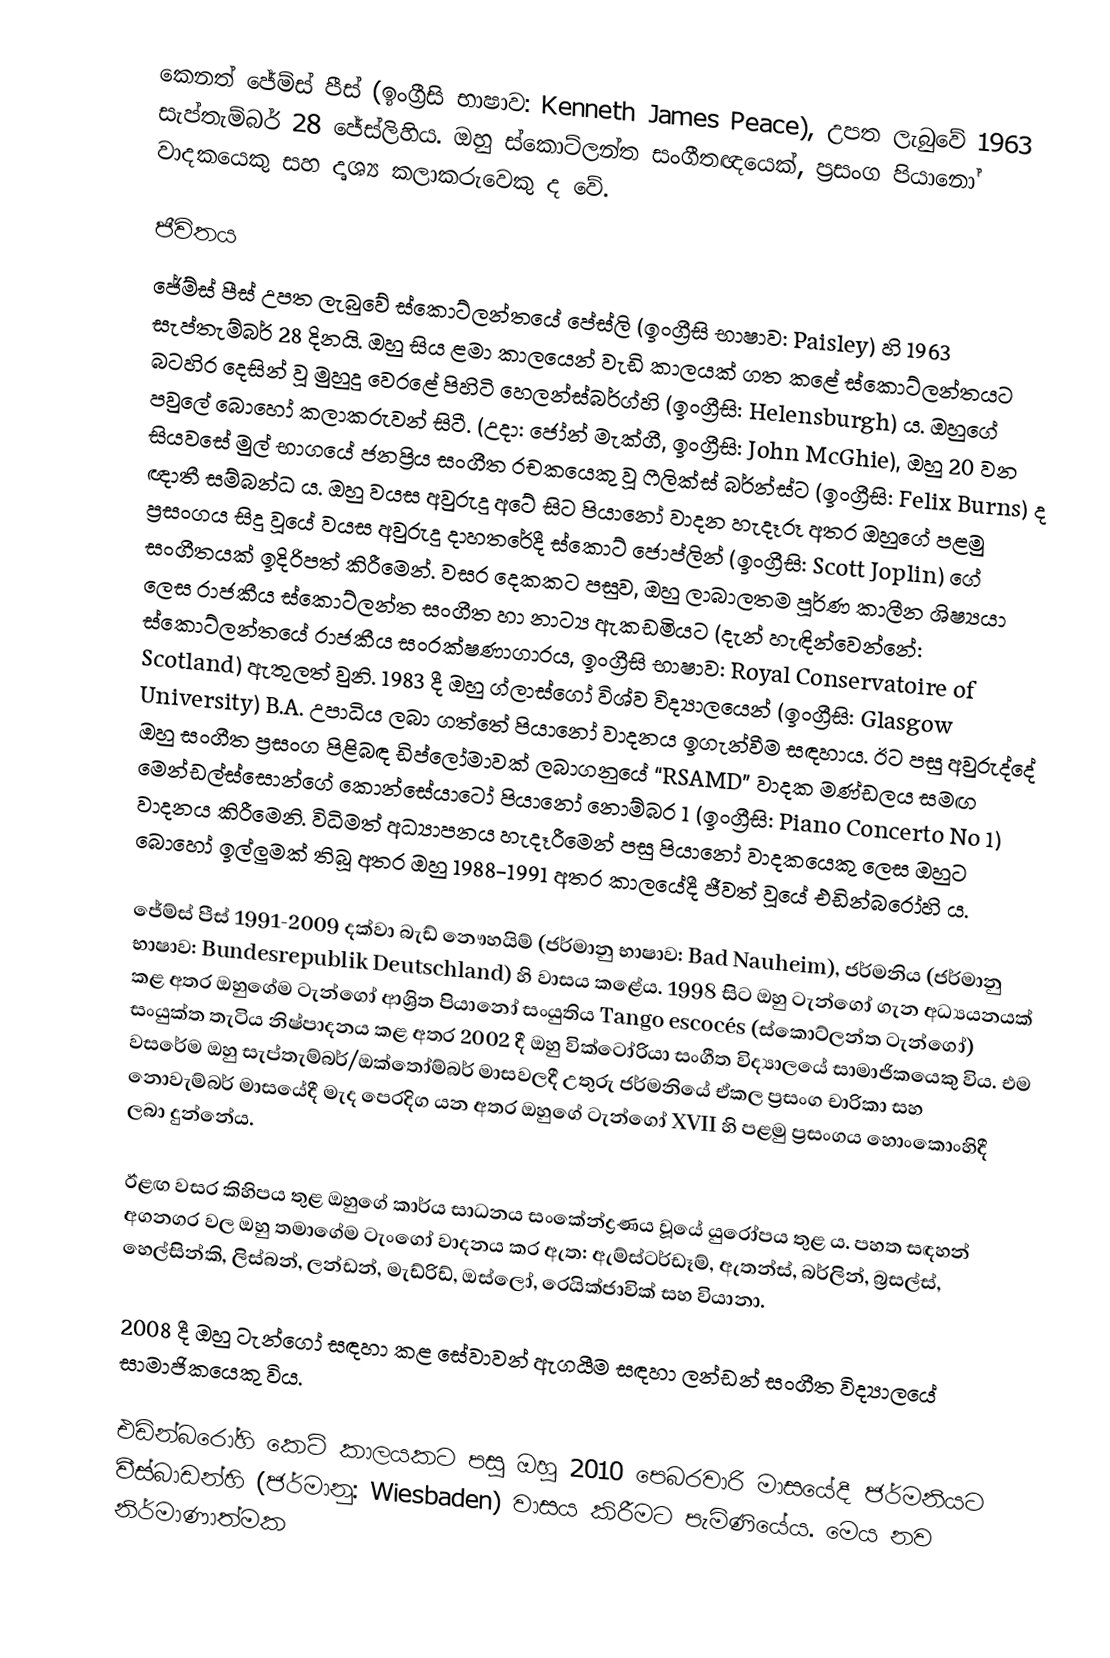
කෙනත් ජේම්ස් පීස් (ඉංග්‍රීසි භාෂාව: Kenneth James Peace), උපත ලැබුවේ 1963 සැප්තැම්බර් 28 ජේස්ලිහිය. ඔහු ස්කොට්ලන්ත සංගීතඥයෙක්, ප්‍රසංග පියානෝ වාදකයෙකු සහ දෘශ්‍ය කලාකරුවෙකු ද වේ.

ජීවිතය
ජේම්ස් පීස් උපත ලැබුවේ ස්කොට්ලන්තයේ පේස්ලි (ඉංග්‍රීසි භාෂාව: Paisley) හි 1963 සැප්තැම්බර් 28 දිනයි. ඔහු සිය ළමා කාලයෙන් වැඩි කාලයක් ගත කළේ ස්කොට්ලන්තයට බටහිර දෙසින් වූ මුහුදු වෙරළේ පිහිටි හෙලන්ස්බර්ග්හි (ඉංග්‍රීසි: Helensburgh) ය. ඔහුගේ පවුලේ බොහෝ කලාකරුවන් සිටී. (උදා: ජෝන් මැක්ගී, ඉංග්‍රීසි: John McGhie), ඔහු 20 වන සියවසේ මුල් භාගයේ ජනප්‍රිය සංගීත රචකයෙකු වූ ෆීලික්ස් බර්න්ස්ට (ඉංග්‍රීසි: Felix Burns) ද ඥාතී සම්බන්ධ ය. ඔහු වයස අවුරුදු අටේ සිට පියානෝ වාදන හැදෑරූ අතර ඔහුගේ පළමු ප්‍රසංගය සිදු වූයේ වයස අවුරුදු දාහතරේදී ස්කොට් ජොප්ලින් (ඉංග්‍රීසි: Scott Joplin) ගේ සංගීතයක් ඉදිරිපත් කිරීමෙන්. වසර දෙකකට පසුව, ඔහු ලාබාලතම පූර්ණ කාලීන ශිෂ්‍යයා ලෙස රාජකීය ස්කොට්ලන්ත සංගීත හා නාට්‍ය ඇකඩමියට (දැන් හැඳින්වෙන්නේ: ස්කොට්ලන්තයේ රාජකීය සංරක්ෂණාගාරය, ඉංග්‍රීසි භාෂාව: Royal Conservatoire of Scotland) ඇතුලත් වුනි. 1983 දී ඔහු ග්ලාස්ගෝ විශ්ව විද්‍යාලයෙන් (ඉංග්‍රීසි: Glasgow University) B.A. උපාධිය ලබා ගත්තේ පියානෝ වාදනය ඉගැන්වීම සඳහාය. ඊට පසු අවුරුද්දේ ඔහු සංගීත ප්‍රසංග පිළිබඳ ඩිප්ලෝමාවක් ලබාගනුයේ “RSAMD” වාදක මණ්ඩලය සමඟ මෙන්ඩල්ස්සොන්ගේ කොන්සේයාටෝ පියානෝ නොම්බර 1 (ඉංග්‍රීසි: Piano Concerto No 1) වාදනය කිරීමෙනි. විධිමත් අධ්‍යාපනය හැදෑරීමෙන් පසු පියානෝ වාදකයෙකු ලෙස ඔහුට බොහෝ ඉල්ලුමක් තිබූ අතර ඔහු 1988-1991 අතර කාලයේදී ජීවත් වූයේ එඩින්බරෝහි ය.

ජේම්ස් පීස් 1991-2009 දක්වා බැඩ් නෞහයිම් (ජර්මානු භාෂාව: Bad Nauheim), ජර්මනිය (ජර්මානු භාෂාව: Bundesrepublik Deutschland) හි වාසය කළේය. 1998 සිට ඔහු ටැන්ගෝ ගැන අධ්‍යයනයක් කළ අතර ඔහුගේම ටැන්ගෝ ආශ්‍රිත පියානෝ සංයුතිය Tango escocés (ස්කොට්ලන්ත ටැන්ගෝ) සංයුක්ත තැටිය නිෂ්පාදනය කළ අතර 2002 දී ඔහු වික්ටෝරියා සංගීත විද්‍යාලයේ සාමාජිකයෙකු විය. එම වසරේම ඔහු සැප්තැම්බර්/ඔක්තෝම්බර් මාසවලදී උතුරු ජර්මනියේ ඒකල ප්‍රසංග චාරිකා සහ නොවැම්බර් මාසයේදී මැද පෙරදිග යන අතර ඔහුගේ ටැන්ගෝ XVII හි පළමු ප්‍රසංගය හොංකොංහිදී ලබා දුන්නේය.

ඊළඟ වසර කිහිපය තුළ ඔහුගේ කාර්ය සාධනය සංකේන්ද්‍රණය වූයේ යුරෝපය තුළ ය. පහත සඳහන් අගනගර වල ඔහු තමාගේම ටැංගෝ වාදනය කර ඇත: ඇම්ස්ටර්ඩෑම්, ඇතන්ස්, බර්ලින්, බ්‍රසල්ස්, හෙල්සින්කි, ලිස්බන්, ලන්ඩන්, මැඩ්රිඩ්, ඔස්ලෝ, රෙයික්ජාවික් සහ වියානා.

2008 දී ඔහු ටැන්ගෝ සඳහා කළ සේවාවන් ඇගයීම සඳහා ලන්ඩන් සංගීත විද්‍යාලයේ සාමාජිකයෙකු විය.

එඩින්බරෝහි කෙටි කාලයකට පසු ඔහු 2010 පෙබරවාරි මාසයේදී ජර්මනියට වීස්බාඩන්හි (ජර්මා‍නු: Wiesbaden) වාසය කිරීමට පැමිණියේය. මෙය නව නිර්මාණාත්මක